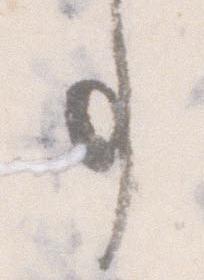
事